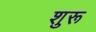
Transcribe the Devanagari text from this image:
शुरू